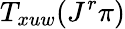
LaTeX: T_{xuw}(J^{r}\pi)